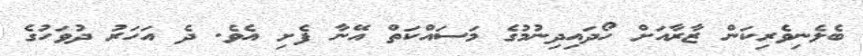
ބެލެނިވެރިކަން ޒާރާއަށް ހޯދައިދިނުމުގެ މަސައްކަތް އޭނާ ފެށި އެވެ. ދެ އަހަރު ދުވަހުގެ